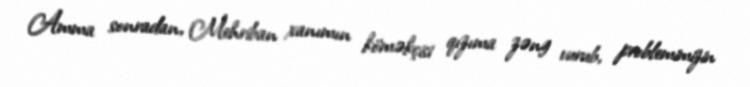
Amma sonradan, Mehriban xanımın köməkçisi qızıma zəng vurub, problemimizin